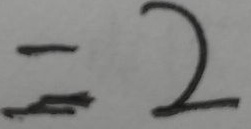
= 2